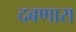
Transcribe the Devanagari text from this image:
दबणारा